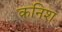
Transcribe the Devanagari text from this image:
कनिश